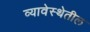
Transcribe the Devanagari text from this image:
व्यावेस्थेतील